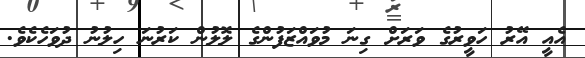
އެއީ އޭރު ހަވީރުގެ ވަރަށް ގިނަ މުވައްޒަފުންގެ ލޮލުން ކަރުނަ ހިލުނު ދުވަހެކެވެ.